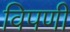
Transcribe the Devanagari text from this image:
विपणी